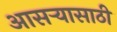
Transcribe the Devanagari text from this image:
आसऱ्यासाठी